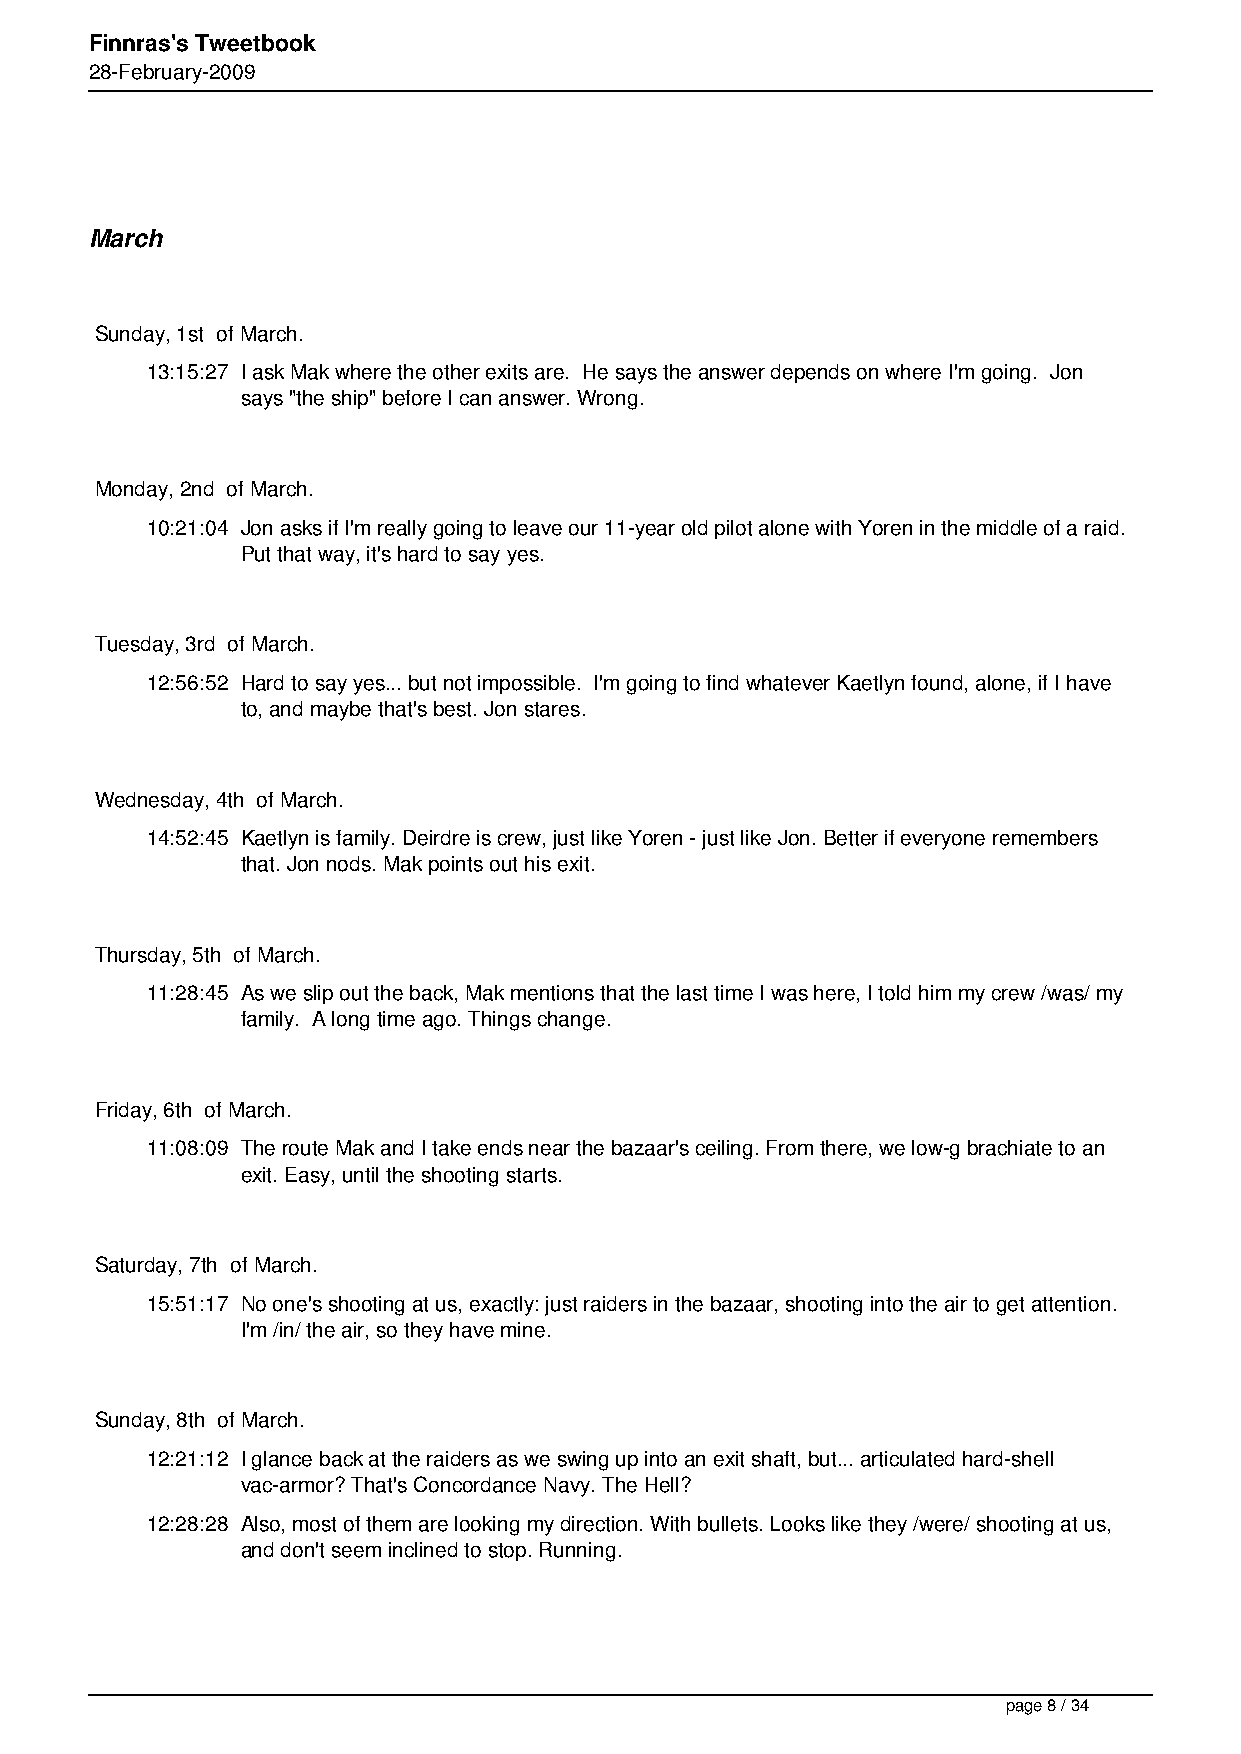
Finnras's Tweetbook
 28-February-2009
 March
 Sunday, 1st of March.
 13:15:27 I ask Mak where the other exits are. He says the answer depends on where I'm going. Jon
 says "the ship" before I can answer. Wrong.
 Monday, 2nd of March.
 10:21:04 Jon asks if I'm really going to leave our 11-year old pilot alone with Yoren in the middle of a raid.
 Put that way, it's hard to say yes.
 Tuesday, 3rd of March.
 12:56:52 Hard to say yes... but not impossible. I'm going to find whatever Kaetlyn found, alone, if I have
 to, and maybe that's best. Jon stares.
 Wednesday, 4th of March.
 14:52:45 Kaetlyn is family. Deirdre is crew, just like Yoren - just like Jon. Better if everyone remembers
 that. Jon nods. Mak points out his exit.
 Thursday, 5th of March.
 11:28:45 As we slip out the back, Mak mentions that the last time I was here, I told him my crew /was/ my
 family. A long time ago. Things change.
 Friday, 6th of March.
 11:08:09 The route Mak and I take ends near the bazaar's ceiling. From there, we low-g brachiate to an
 exit. Easy, until the shooting starts.
 Saturday, 7th of March.
 15:51:17 No one's shooting at us, exactly: just raiders in the bazaar, shooting into the air to get attention.
 I'm /in/ the air, so they have mine.
 Sunday, 8th of March.
 12:21:12 I glance back at the raiders as we swing up into an exit shaft, but... articulated hard-shell
 vac-armor? That's Concordance Navy. The Hell?
 12:28:28 Also, most of them are looking my direction. With bullets. Looks like they /were/ shooting at us,
 and don't seem inclined to stop. Running.
 page 8 / 34